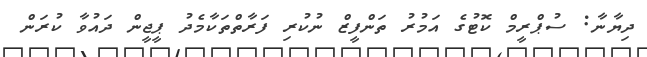
ދިޔާނާ: ސުޕްރީމް ކޮޓުގެ އަމުރު ތަންފީޒް ނުކުރި ފަރާތްތަކާމެދު ޕީޖީން ދައުވާ ކުރަން